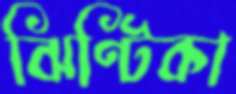
ঝিণ্টিকা